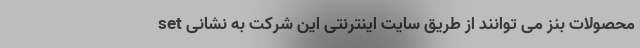
محصولات بنز می توانند از طریق سایت اینترنتی این شرکت به نشانی set